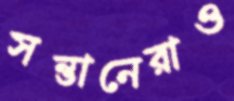
সন্তানেরাও